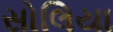
સોલિયા